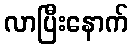
လာပြီးနောက်